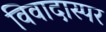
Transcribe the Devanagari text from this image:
विवादास्पर